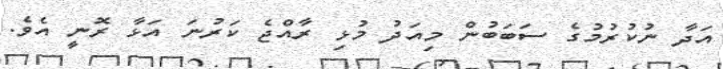
އަދާ ނުކުރުމުގެ ސަބަބުން މިއަދު މުޅި ރާއްޖެ ކަރުނަ އަޅާ ރޮނީ އެވެ.